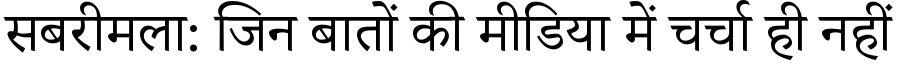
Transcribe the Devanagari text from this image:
सबरीमला: जिन बातों की मीडिया में चर्चा ही नहीं